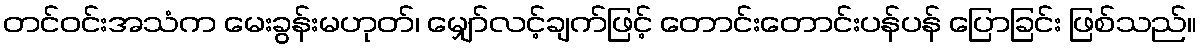
တင်ဝင်းအသံက မေးခွန်းမဟုတ်၊ မျှော်လင့်ချက်ဖြင့် တောင်းတောင်းပန်ပန် ပြောခြင်း ဖြစ်သည်။